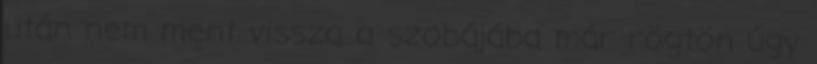
után nem ment vissza a szobájába már rögtön úgy